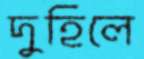
দুহিলে